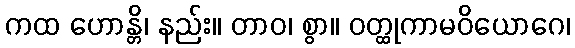
ကထ ဟောန္တိ၊ နည်း။ တာဝ၊ စွာ။ ဝတ္ထုကာမဝိယောဂေ၊